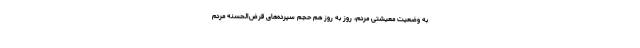
به وضعیت معیشتی مردم، روز به روز هم حجم سپرده‌های قرض‌الحسنه مردم